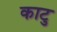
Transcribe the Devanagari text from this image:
काटु